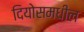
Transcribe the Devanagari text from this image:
दियोसमधील